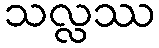
သလ္လဿ